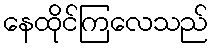
နေထိုင်ကြလေသည်